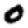
Digit: 0